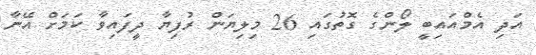
އަދި އެމްއައިބީ ލޯންގެ ގޮތުގައި 26 މިލިޔަން ރުފިޔާ ދީފައިވާ ކަމަށް އޭނާ